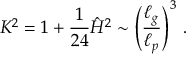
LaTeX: K ^ { 2 } = 1 + { \frac { 1 } { 2 4 } } \hat { \cal H } ^ { 2 } \sim \left( { \frac { \ell _ { g } } { \ell _ { p } } } \right) ^ { 3 } \, .